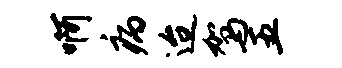
啊病迨驾五